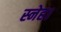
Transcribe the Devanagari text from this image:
स्नेह।